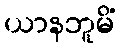
ယာနဘူမိံ